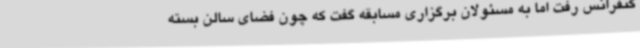
کنفرانس رفت اما به مسئولان برگزاری مسابقه گفت که چون فضای سالن بسته